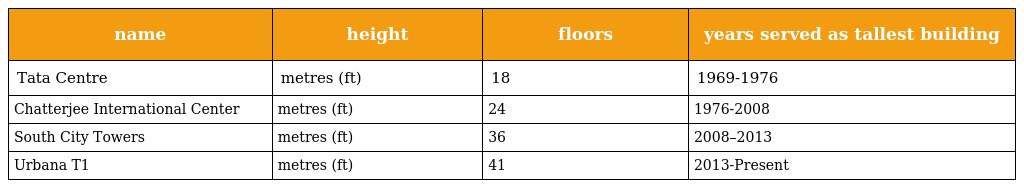
| name | height | floors | years served as tallest building |
 | --- | --- | --- | --- |
 | Tata Centre | metres (ft) | 18 | 1969-1976 |
 | Chatterjee International Center | metres (ft) | 24 | 1976-2008 |
 | South City Towers | metres (ft) | 36 | 2008–2013 |
 | Urbana T1 | metres (ft) | 41 | 2013-Present |